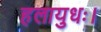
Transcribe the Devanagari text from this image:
हलायुधः।